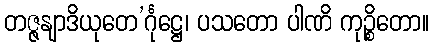
တဇ္ဇနျာဒိယုတေ’င်္ဂုဋ္ဌေ၊ ပသတော ပါဏိ ကုဉ္စိတော။